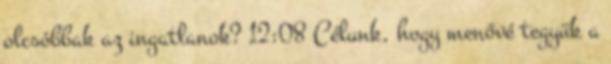
olcsóbbak az ingatlanok? 12:08 Célunk, hogy menővé tegyük a